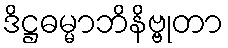
ဒိဋ္ဌဓမ္မာဘိနိဗ္ဗုတာ